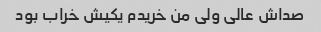
صداش عالی ولی من خریدم یکیش خراب بود